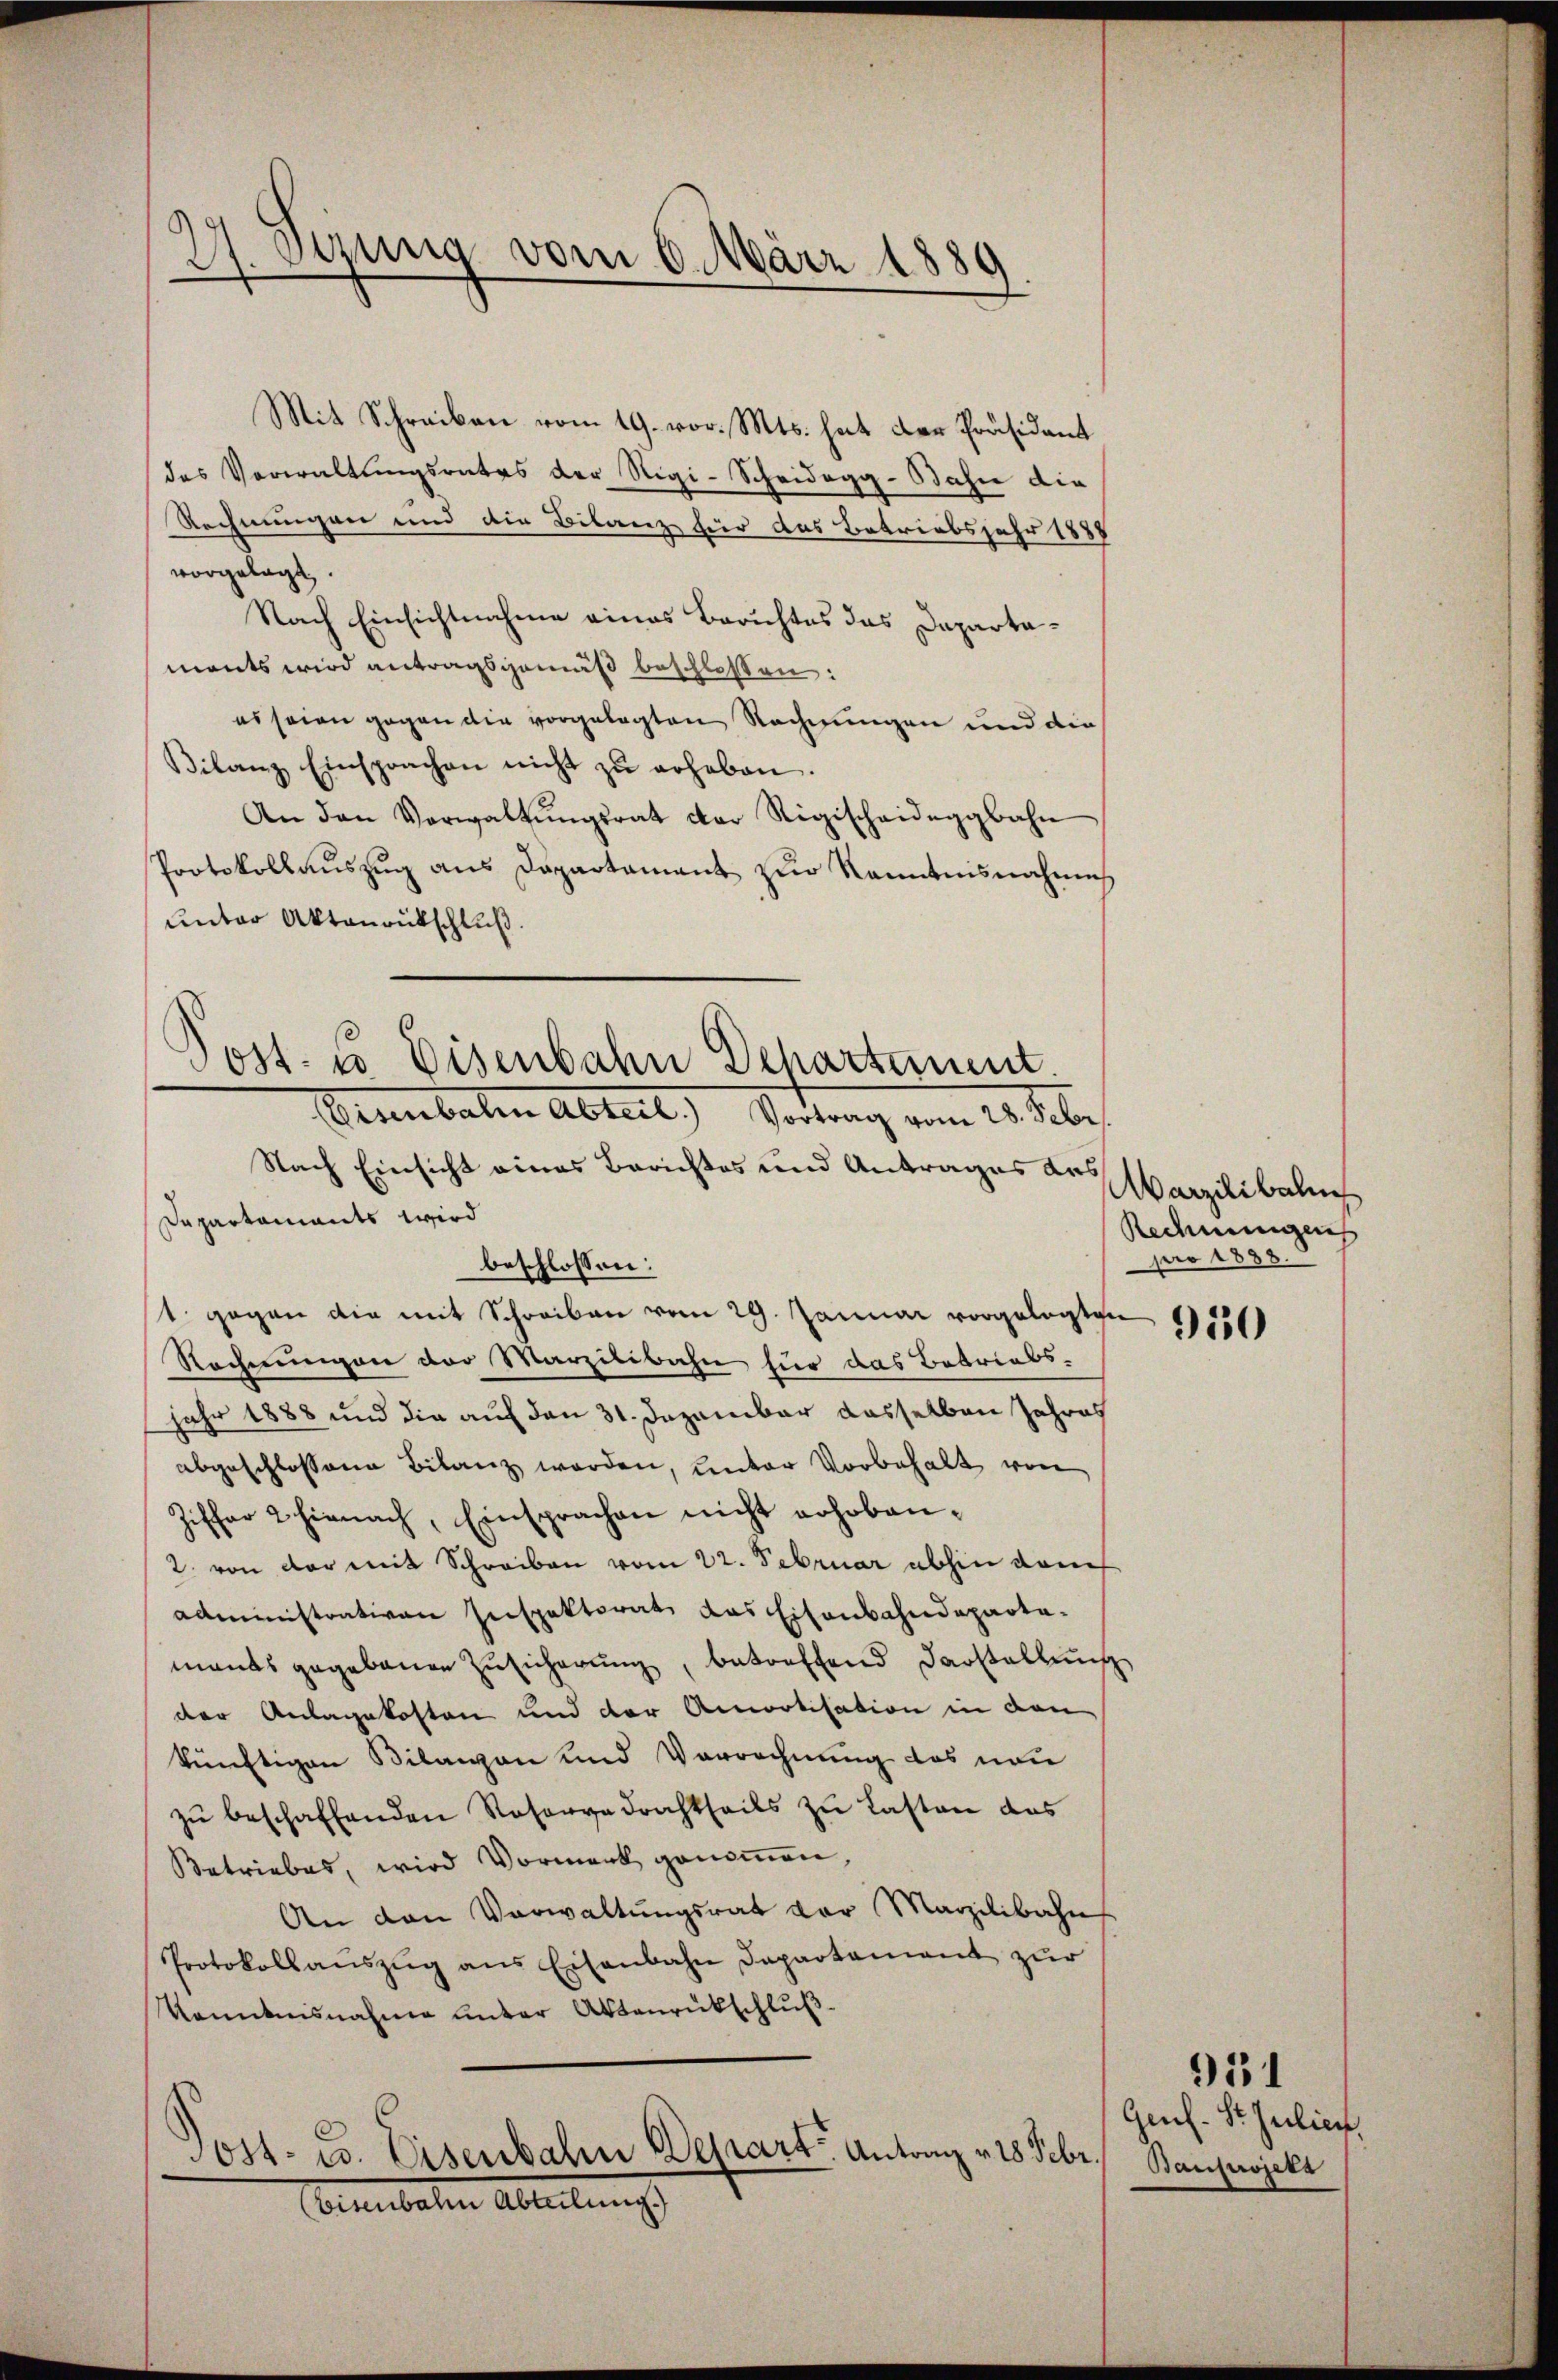
27. Sezung vom 6. März 1889.

Post. So Eisenbahn Dehartement.
Peinbaten Abteil Sortung vom 20. Febr
Nach Einsicht eines Berichtes und Antrages des Marzilibeluch
Departaments wird

Mit Schreiben vom 19. vor. Mts. hat der Präsidant
des Verwaltungsrates der Rigi-Scheidegg-Bahne die
Rechnungen und die Bilanz für das Betriebsjahr 1888
vorgelegt.
Nach Einsichtnahme eines Berichtes das Dapartamonts wird antragsgemäß beschlossen:
es seien gegen die vorgelegten Rechnungen und die
Bilanz Einsprachen nicht zŭ erheben.
An den Verwaltŭngsrat der Rigischeideggbahn
Protokollauszug aus Departament zur Kenntnisnahmes
unter Aktenrutschluß.

beschlossen:
1. gegen die mit Schreiben vom 29. Januar vorgelegten 1550
Nochmungen der Marzilibahn für das Betriebsjahr 1888 und die auf den 31. Dezember dasselben Jahres
abgeschlossene Bilanz werden, unter Vorbehalt von
Ziffer 2 hienach, Einsprachen nicht erhoben¬
2. von der mit Schreiben vom 22. Februar abhin vom
administrativen Inspektorat das Eisenbahndepartamants gegebenen Zusicherung, betreffend Darstellung
der Anlagekosten und der Amortisation in den
künftigen Bilanzen und Vorrechnung des non
zŭ beschaffenden Reservadrachtheils zu Lasten das
Betriebes, wird Vormerk genommen,
An den Verwaltŭngsrat vor Marzilibahn
Protokoll aŭszŭg ans Eisenbahn Departament zŭr
Kenntnisnahme unter Aktenrückschluß¬
Jost- u. Eisenbahn Depart Antrag v. 18 Febr. Bauprojekt
(Eisenbahn Abteilung.

Redeningeis
pro 1888

Genf. St. Julier

951